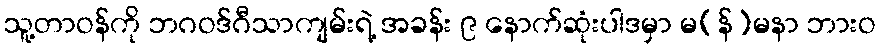
သူ့တာဝန်ကို ဘဂဝဒ်ဂီသာကျမ်းရဲ့ အခန်း ၉ နောက်ဆုံးပါဒမှာ မ(န်)မနာ ဘားဝ